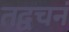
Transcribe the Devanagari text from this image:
तद्वचनं